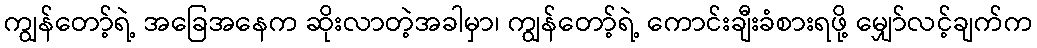
ကျွန်တော့်ရဲ့ အခြေအနေက ဆိုးလာတဲ့အခါမှာ၊ ကျွန်တော့်ရဲ့ ကောင်းချီးခံစားရဖို့ မျှော်လင့်ချက်က